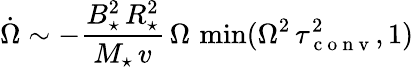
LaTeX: \dot{\Omega}\sim-\frac{B_{\star}^{2}\, R_{\star}^{2}}{M_{\star}\, v}\, \Omega\, \operatorname*{min}(\Omega^{2}\, \tau_{\mathrm{~c~o~n~v~}}^{2},1)